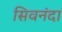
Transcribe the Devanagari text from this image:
सिवनंदा